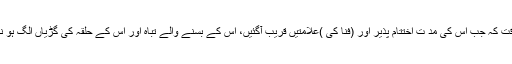
یہ اس وقت کہ جب اس کی مد ت اختتام پذیر اور (فنا کی )علامتیں قریب آگئیں، اس کے بسنے والے تباہ اور اس کے حلقہ کی گڑیاں الگ ہو نے لگیں۔